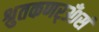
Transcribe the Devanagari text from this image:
श्रुतकणर्ॐसं